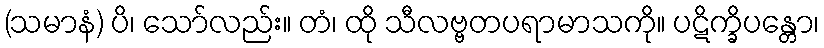
(သမာနံ) ပိ၊ သော်လည်း။ တံ၊ ထို သီလဗ္ဗတပရာမာသကို။ ပဋိက္ခိပန္တော၊